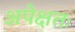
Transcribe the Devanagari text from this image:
अपेक्षतः